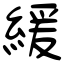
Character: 緩